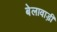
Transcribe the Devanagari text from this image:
बेलावाड़ी